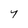
Character: 7